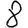
Digit: 8